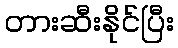
တားဆီးနိုင်ပြီး